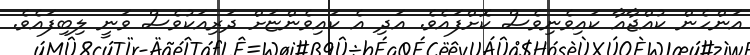
އަންހެން ކުއްޖާއާ ކައިވެނިވެސް ކޮށްފައެވެ. އަދި އެ ކައިވެންޏަށް ދަރިއަކުވެސް ވަނީ ލިބިފައެވެ.